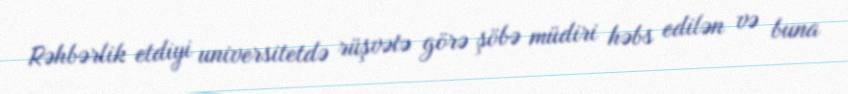
Rəhbərlik etdiyi universitetdə rüşvətə görə şöbə müdiri həbs edilən və buna